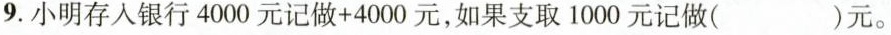
9.小明存入银行4000元记做+4000元，如果支取1000元记做( )元。